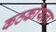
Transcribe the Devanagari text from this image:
कठकोयला